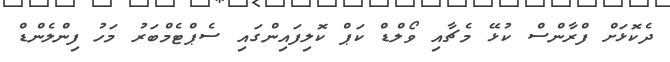
ދެކޮޅަށް ފްރާންސް ކުޅޭ މެޗާއި ވޯލްޑް ކަޕް ކޮލިފައިންގައި ސެޕްޓެމްބަރު މަހު ފިންލެންޑް